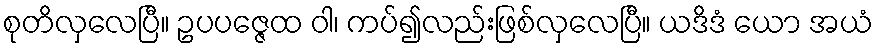
စုတိလှလေပြီ။ ဥပပဇ္ဇေထ ဝါ၊ ကပ်၍လည်းဖြစ်လှလေပြီ။ ယဒိဒံ ယော အယံ